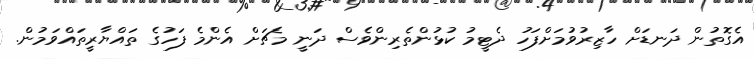
އެގޮތުން ދަނޑަށް ހާޒިރުވުމަށްފަހު ދެޓީމު ކުޅުންތެރިންވެސް ދަނީ މެޗަށް އެންމެ ފަހުގެ ތައްޔާރީތައްވަމުން.